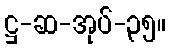
ဋ္ဌ-ဆ-အုပ်-၃၅။